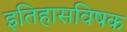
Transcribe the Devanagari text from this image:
इतिहासविषक